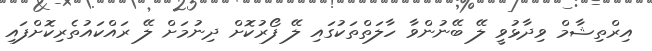
އިރްތިޝާމް ވިދާޅުވީ ލޭ ބޭނުންވާ ހާލަތްތަކުގައި ލޭ ފޯރުކޮށް ދިނުމަށް ލޭ ރައްކައުތެރިކޮށްފައި